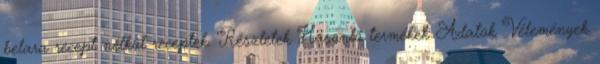
belara recept nélkül receptek. Részletek Hasonló termékek Adatok Vélemények